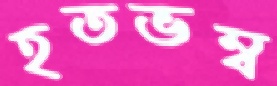
হতভম্ব